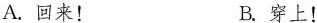
A.回来！B.穿上！